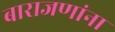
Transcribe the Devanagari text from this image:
बाराजणांना